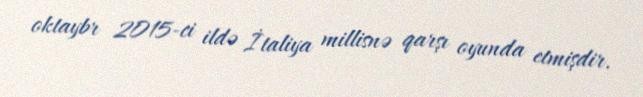
oktaybr 2015-ci ildə İtaliya millisnə qarşı oyunda etmişdir.